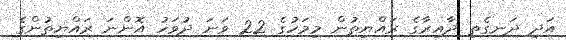
އަދި ދަނގެތި ދާއިރާގެ ރައްޔިތުން މިމަހުގެ 22 ވަނަ ދުވަހު އޮންނަ ރައްޔިތުންގެ